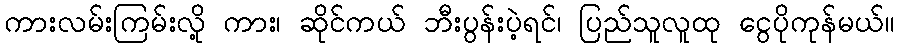
ကားလမ်းကြမ်းလို့ ကား၊ ဆိုင်ကယ် ဘီးပွန်းပဲ့ရင်၊ ပြည်သူလူထု ငွေပိုကုန်မယ်။